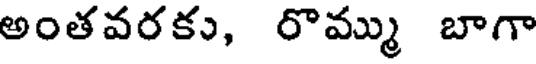
అంతవరకు, రొమ్ము బాగా